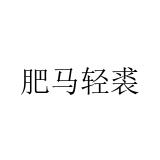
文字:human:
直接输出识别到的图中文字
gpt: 肥马轻裘